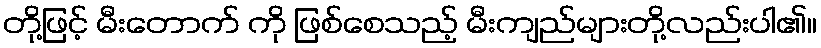
တို့ဖြင့် မီးတောက် ကို ဖြစ်စေသည့် မီးကျည်များတို့လည်းပါ၏။